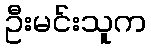
ဦးမင်းသူက